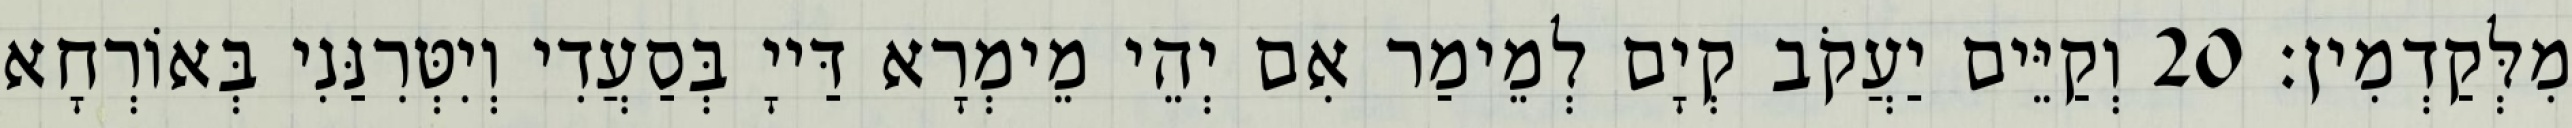
מִלְּקַדְמִין׃ 20 וְקַיֵּים יַעֲקֹב קְיָם לְמֵימַר אִם יְהֵי מֵימְרָא דַּייָ בְּסַעֲדִי וְיִטְּרִנַּנִי בְּאוֹרְחָא